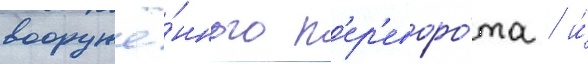
вооружё́нного п'ер'еворо́та / и́